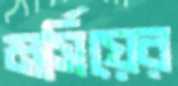
মর্সিয়ের